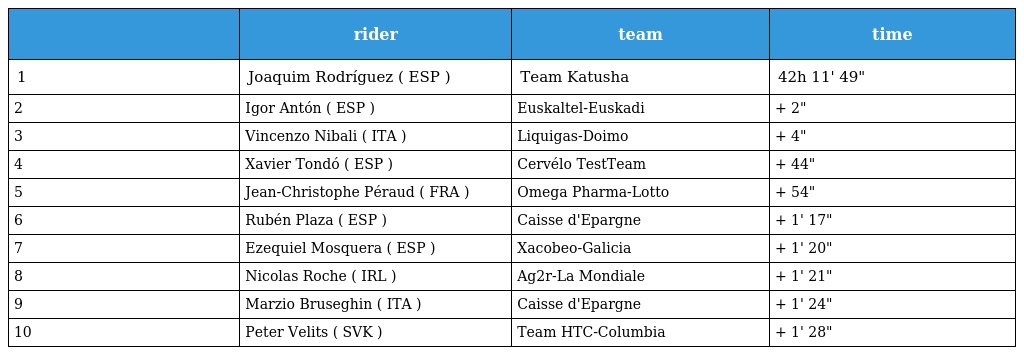
|  | rider | team | time |
 | --- | --- | --- | --- |
 | 1 | Joaquim Rodríguez ( ESP ) | Team Katusha | 42h 11' 49" |
 | 2 | Igor Antón ( ESP ) | Euskaltel-Euskadi | + 2" |
 | 3 | Vincenzo Nibali ( ITA ) | Liquigas-Doimo | + 4" |
 | 4 | Xavier Tondó ( ESP ) | Cervélo TestTeam | + 44" |
 | 5 | Jean-Christophe Péraud ( FRA ) | Omega Pharma-Lotto | + 54" |
 | 6 | Rubén Plaza ( ESP ) | Caisse d'Epargne | + 1' 17" |
 | 7 | Ezequiel Mosquera ( ESP ) | Xacobeo-Galicia | + 1' 20" |
 | 8 | Nicolas Roche ( IRL ) | Ag2r-La Mondiale | + 1' 21" |
 | 9 | Marzio Bruseghin ( ITA ) | Caisse d'Epargne | + 1' 24" |
 | 10 | Peter Velits ( SVK ) | Team HTC-Columbia | + 1' 28" |